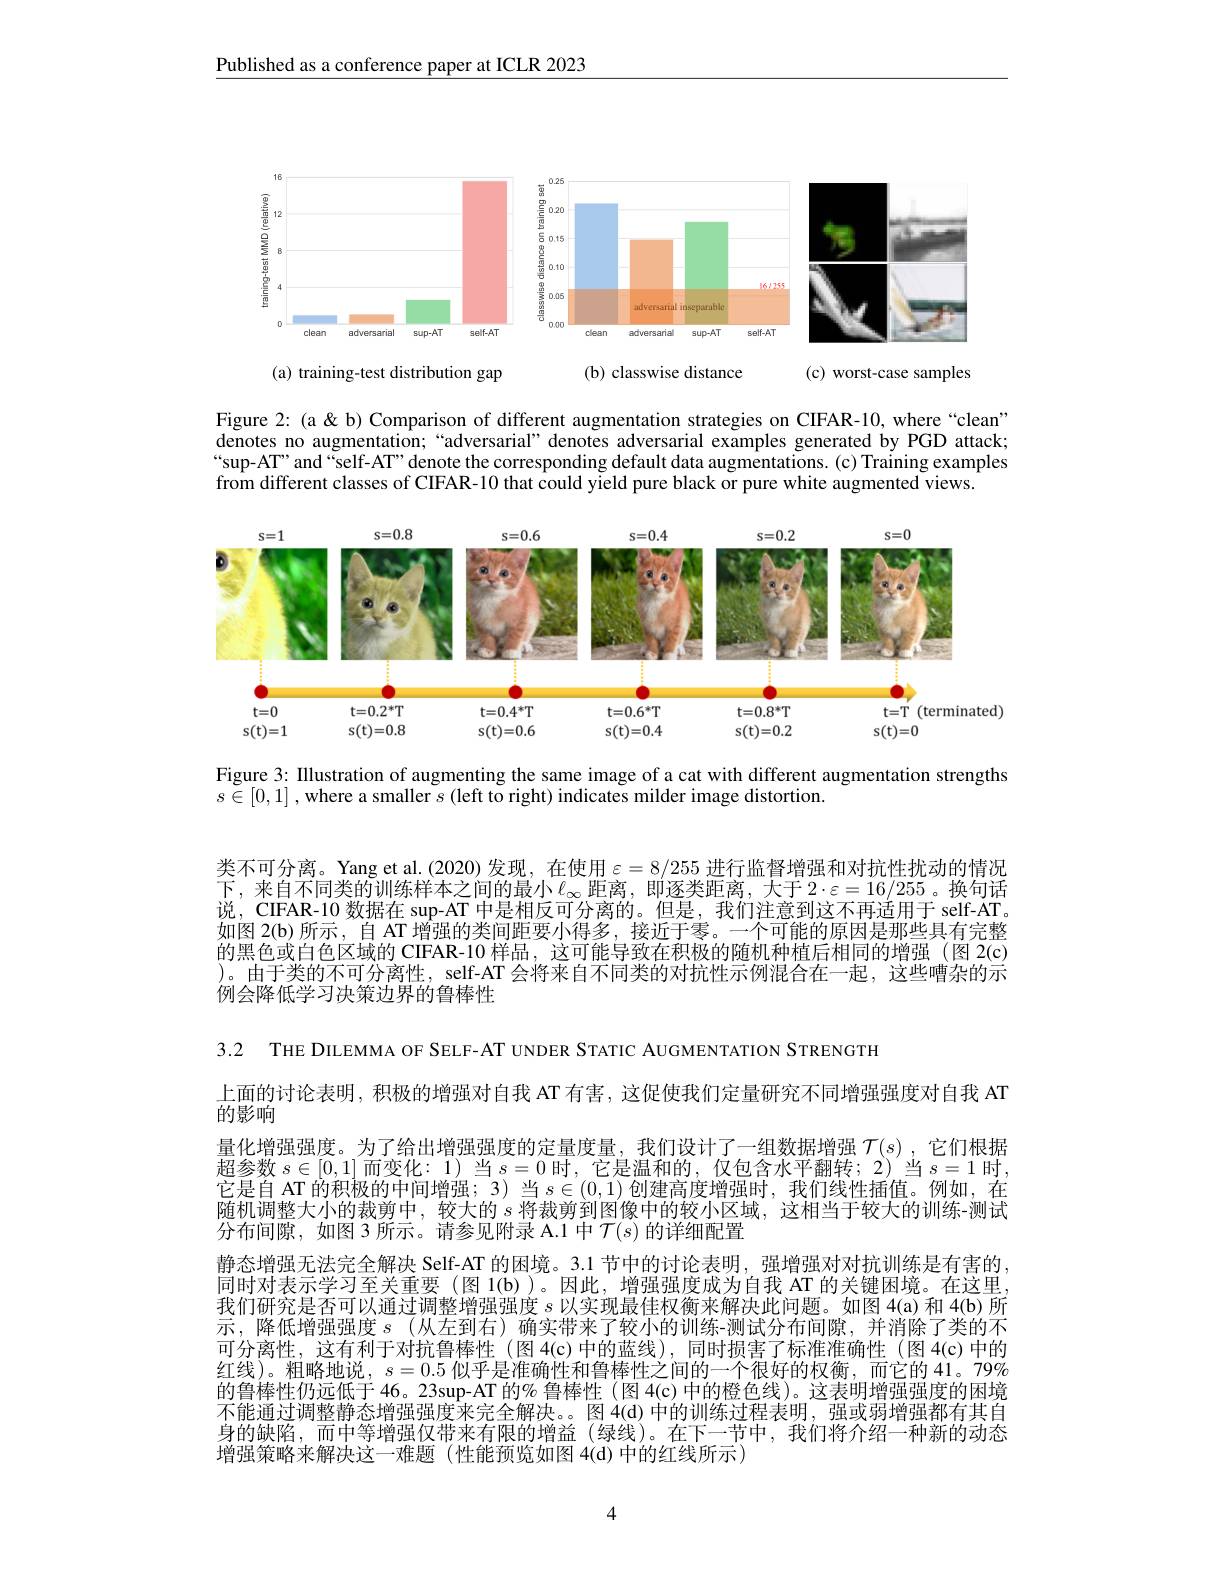
Published as a conference paper at ICLR 2023

<FigureHere>

Figure 2: (a < b) Comparison of different augmentation strategies on CIFAR-10, where “clean” denotes no augmentation;“adversarial” denotes adversarial examples generated by PGD attack; “sup-AT”and“self-AT” denote the corresponding default data augmentations. (c) Training examples from different classes of CIFAR-10 that could yield pure black or pure white augmented views.

<FigureHere>

Figure 3: Illustration of augmenting the same image of a cat with different augmentation strengths
$s\in[0,1]$ , where a smaller $s$ (left to right) indicates milder image distortion.

类不可分离。Yang et al.(2020) 发现，在使用$\varepsilon=8/255$进行监督增强和对抗性扰动的情况下，来自不同类的训练样本之间的最小$\ell_\infty$距离，即逐类距离，大于2·$\varepsilon=16/255$。换句话说，CIFAR-10 数据在 sup-AT 中是相反可分离的。但是，我们注意到这不再适用于 self-AT。如图 2(b) 所示，自 AT 增强的类间距要小得多，接近于零。一个可能的原因是那些具有完整的黑色或白色区域的 CIFAR-10 样品，这可能导致在积极的随机种植后相同的增强(图 2(c) )。由于类的不可分离性，self-AT 会将来自不同类的对抗性示例混合在一起，这些嘈杂的示例会降低学习决策边界的鲁棒性

3.2 THE DILEMMA OF SELF-AT UNDER STATIC AUGMENTATION STRENGTH
上面的讨论表明，积极的增强对自我 AT 有害，这促使我们定量研究不同增强强度对自我 AT
的影响
量化增强强度。为了给出增强强度的定量度量，我们设计了一组数据增强$\mathcal{T}(s)$,它们根据超参数$s\in[0,1]$而变化：1) 当$s=0$时，它是温和的，仅包含水平翻转；2)当$s=1$时它是自 AT 的积极的中间增强；3) 当$s\in(0,1)$创建高度增强时，我们线性插值。例如，在随机调整大小的裁剪中，较大的$s$将裁剪到图像中的较小区域，这相当于较大的训练-测试分布间隙，如图 3 所示。请参见附录 A.1 中$\mathcal{T}(s)$的详细配置
静态增强无法完全解决 Self-AT 的困境。3.1 节中的讨论表明，强增强对对抗训练是有害的同时对表示学习至关重要 (图 1(b) )。因此，增强强度成为自我 AT 的关键困境。在这里我们研究是否可以通过调整增强强度$s$以实现最佳权衡来解决此问题。如图 4(a) 和 4(b) 所示，降低增强强度$s$(从左到右)确实带来了较小的训练-测试分布间隙，并消除了类的不可分离性，这有利于对抗鲁棒性(图 4(c)中的蓝线),同时损害了标准准确性(图 4(c)中的红线)。粗略地说，$s=0.5$似乎是准确性和鲁棒性之间的一个很好的权衡，而它的 41。79% 的鲁棒性仍远低于 46。23sup-AT 的% 鲁棒性 (图 4(c)中的橙色线)。这表明增强强度的困境不能通过调整静态增强强度来完全解决。。图 4(d)中的训练过程表明，强或弱增强都有其自身的缺陷，而中等增强仅带来有限的增益(绿线)。在下一节中，我们将介绍一种新的动态增强策略来解决这一难题(性能预览如图 4(d)中的红线所示)

4